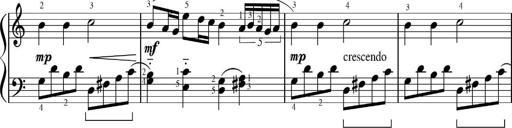
Title: Sonatinas
Composer: Andrew Violette